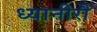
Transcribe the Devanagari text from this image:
ध्यानीरौ